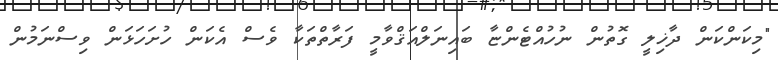
"މިކަންކަން ދާޚިލީ ގޮތުން ނުހުއްޓެންޏާ ބައިނަލްއަޤްވާމީ ފަރާތްތަކާ ވެސް އެކަން ހުށަހަޅަން ވިސްނަމުން